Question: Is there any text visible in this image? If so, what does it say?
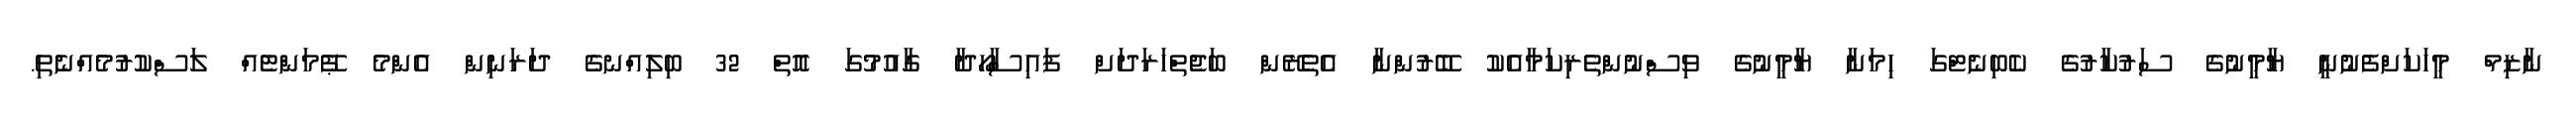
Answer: ނާޒިމް މީހަކަށްފެނުނީ ޔާމީނުގެ ސަރުކާރުގެ ކެބިނެޓްގަ ހިމަނާ ޔާމީނުގެ ވިސްނުންތެރިކަމާއެކު ބޭރުންނާ އެތެރޭން ބަޖެތްހަރަދަށް ފައިސާހޯދާ ގާއުމުގަ އޮތް 32 ބިލިއްނގެ ދަރަނިން އެންމެ ޕޭމަންޓެއް ލަސްކުރުމެއްނެތި.